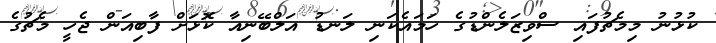
ކުޅުނު މިމެޗުފައި ސްވިޒަލެންޑުގެ ހަމައެކަނި ލަނޑު އަލްބޭނިއާ ކޮޅަށް ފާބިއަން ޖެހީ މެޗުގެ